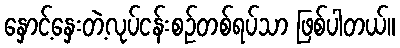
နှောင့်နှေးတဲ့လုပ်ငန်းစဉ်တစ်ရပ်သာ ဖြစ်ပါတယ်။